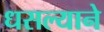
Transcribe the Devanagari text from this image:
धसल्याने